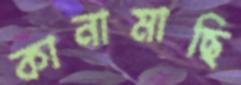
কানামাছি